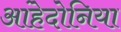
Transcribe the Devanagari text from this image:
आंहेदोनिया